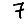
Digit: 7